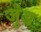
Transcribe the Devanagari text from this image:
जुंड